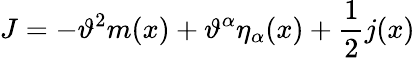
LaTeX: J=-\vartheta^{2}m(x)+\vartheta^{\alpha}\eta_{\alpha}(x)+\frac{1}{2}j(x)